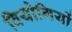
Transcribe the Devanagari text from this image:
वियोगियों